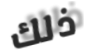
ذلك